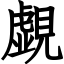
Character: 覷